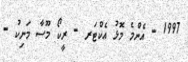
1997 - އެންމެ މޮޅު އެކްޓަރ - ރީކޯ މޫސާ މަނިކު -